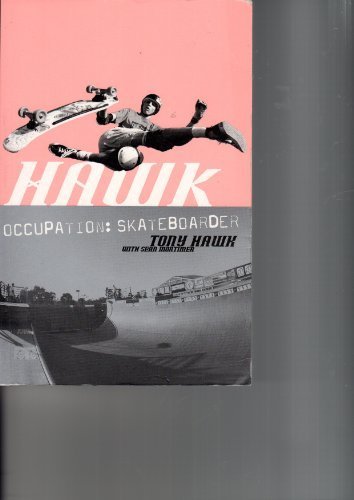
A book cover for Hawk. Occupation Skateboarder; Tony with Sean Mortimer Hawk; Sports & Outdoors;